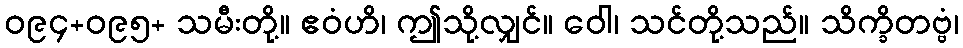
ဝ၉၄+ဝ၉၅+ သမီးတို့။ ဧဝံဟိ၊ ဤသို့လျှင်။ ဝေါ၊ သင်တို့သည်။ သိက္ခိတဗ္ဗံ၊